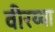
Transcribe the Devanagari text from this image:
वीरय्या